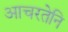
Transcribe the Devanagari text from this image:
आचरतेनि